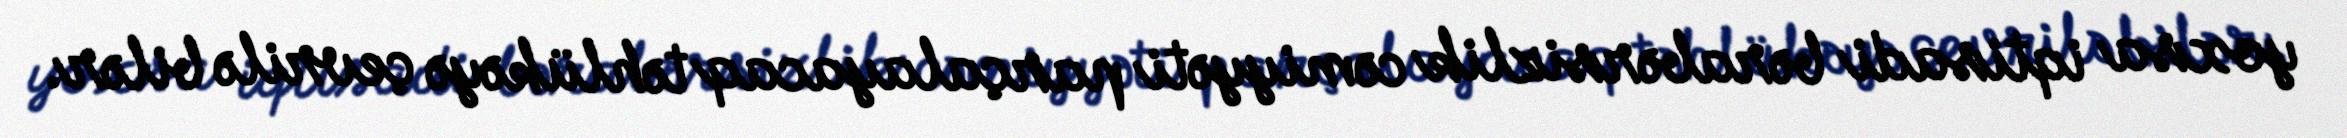
yoxsa iqtisadi bərabərsizlik cəmiyyəti parçalayacaq təhlükəyə çevrilə bilər.